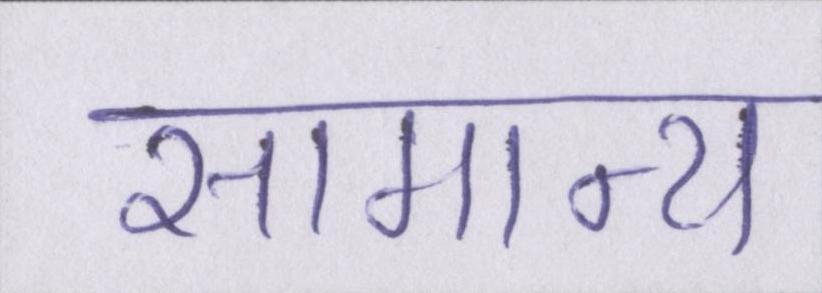
सामान्य